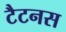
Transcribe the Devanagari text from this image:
टैटनस